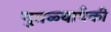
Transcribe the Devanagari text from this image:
पुतळ्यापैकी